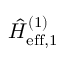
\hat { H } _ { \mathrm { e f f } , 1 } ^ { ( 1 ) }